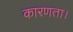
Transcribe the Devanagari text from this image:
कारणता।